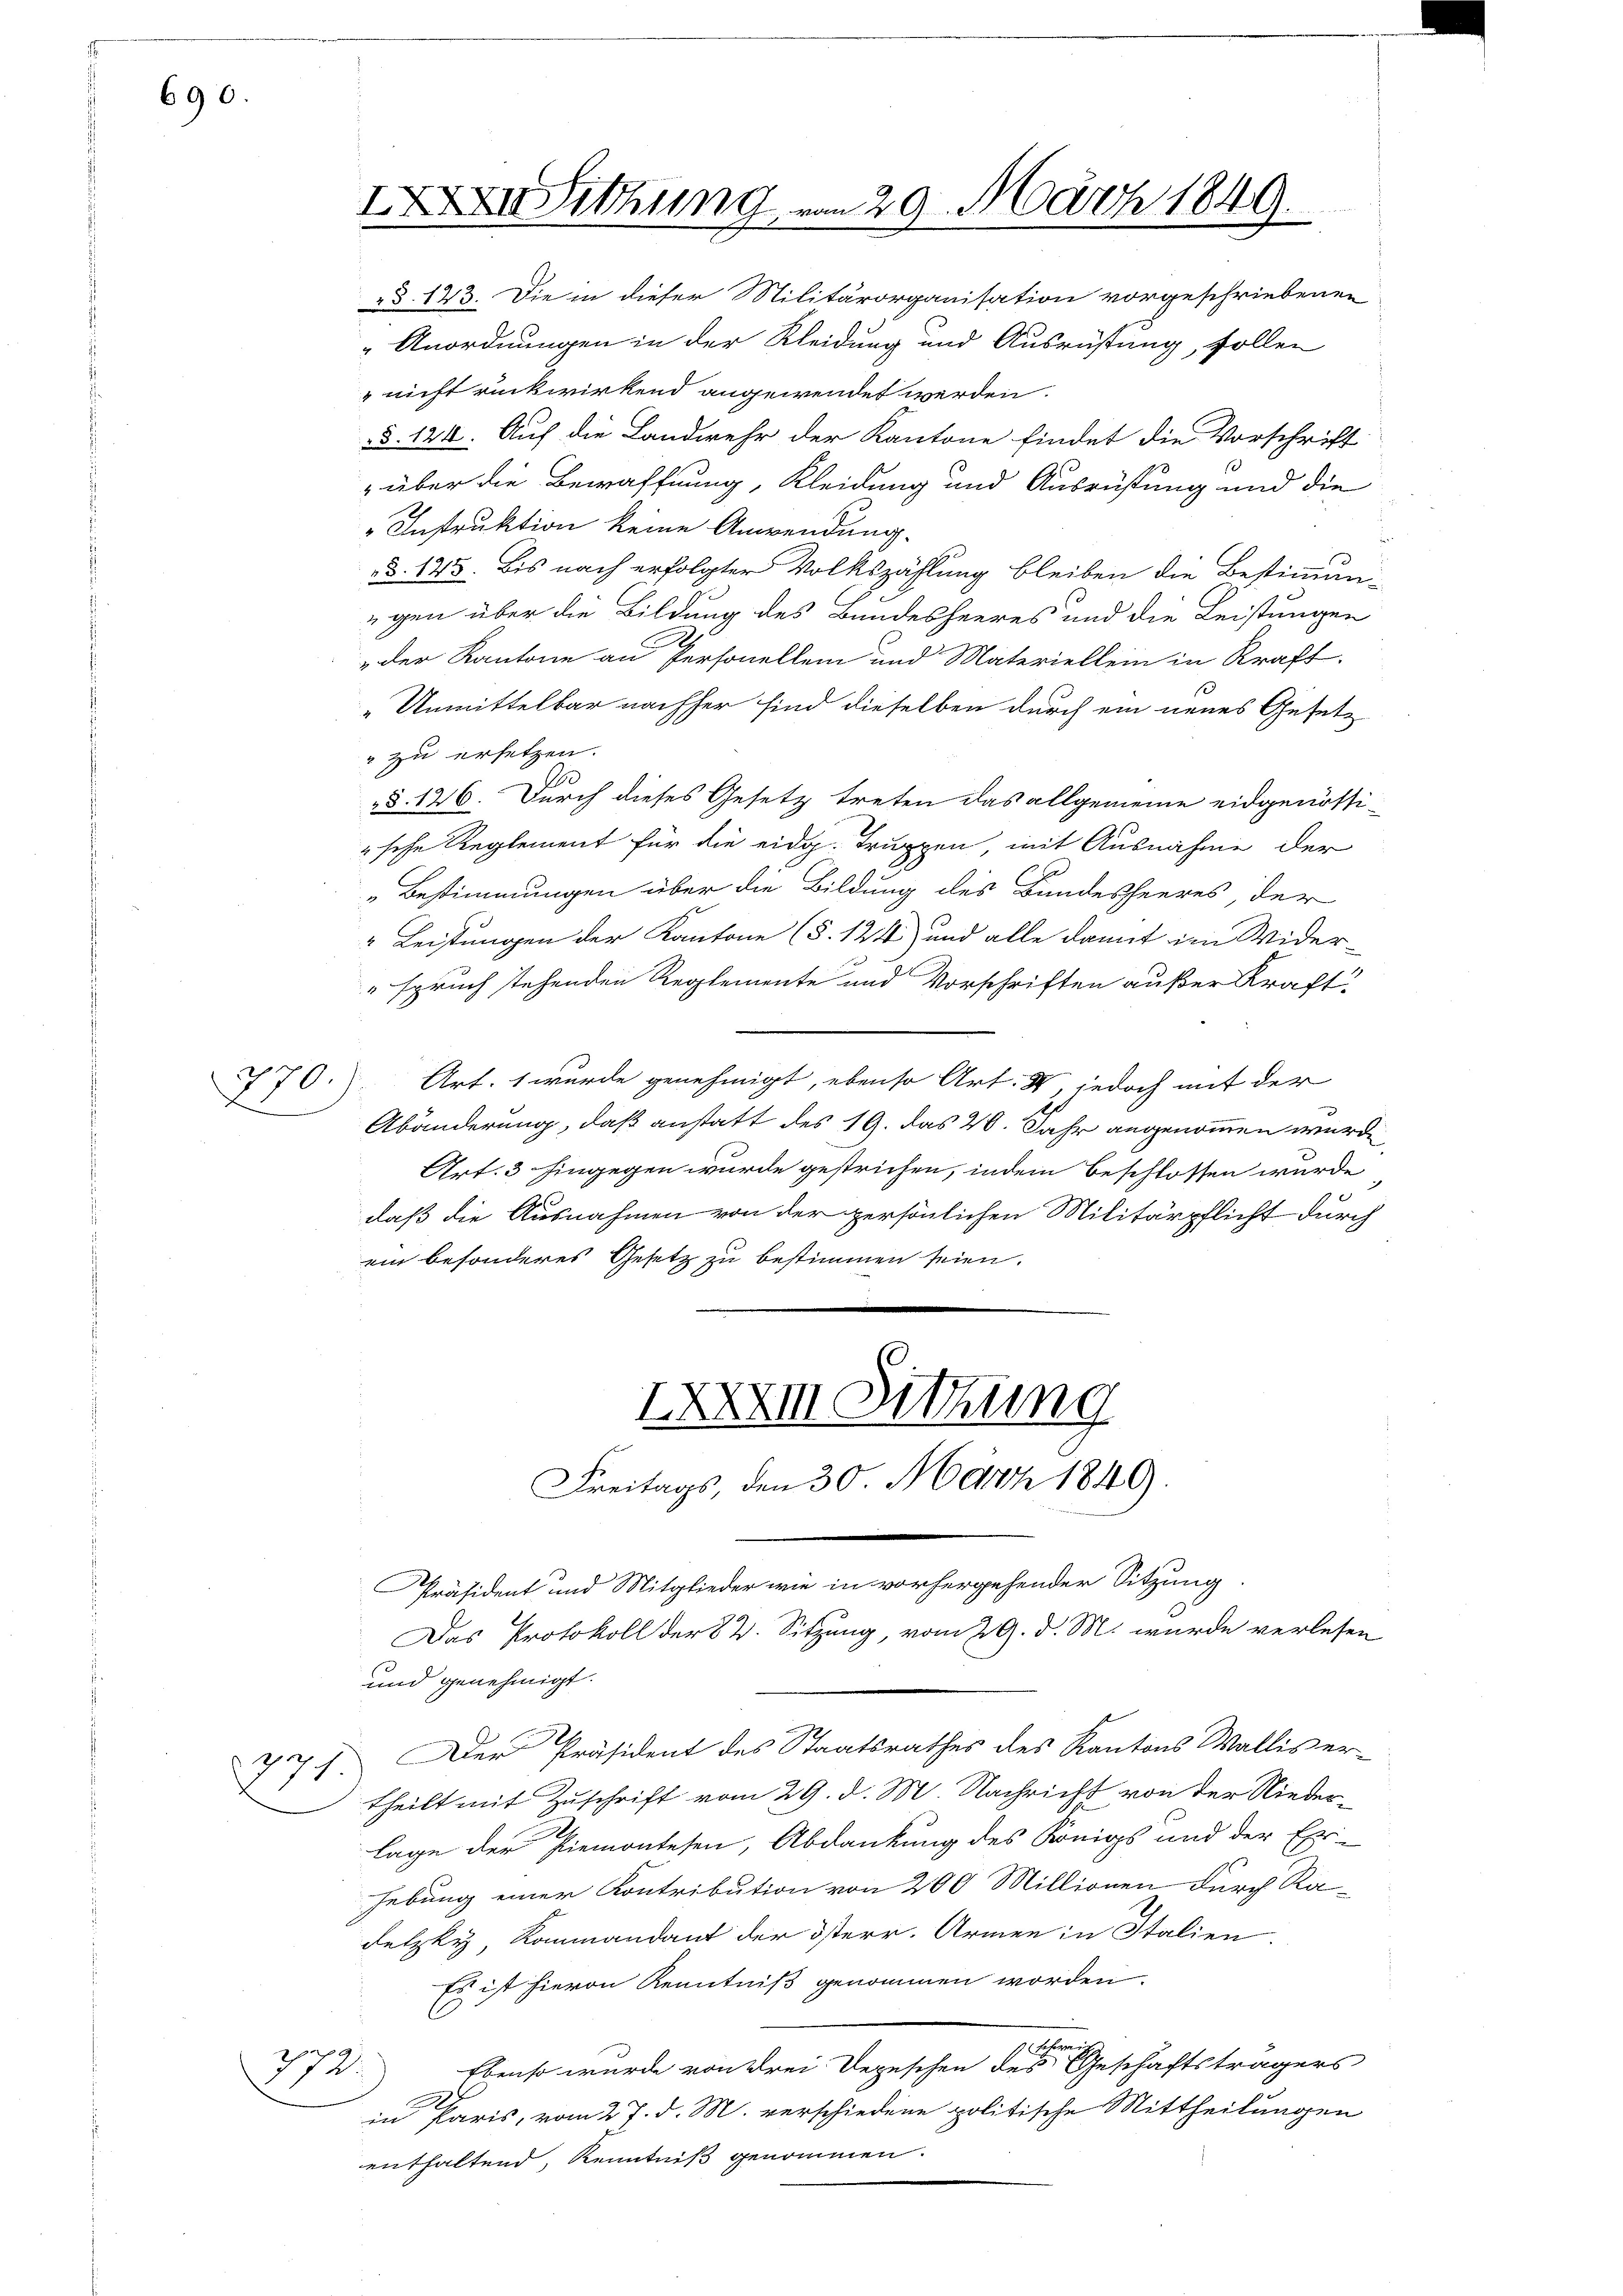
690.

71

§. 123. Die in dieser Militärorganisation vorgeschriebenen
" Anordnungen in der Kleidung und Ausrüstung, sollen
 nicht rückwirkend angewendet werden.
§. 124. Auf die Landwehr der Kantone findet die Vorschrift
e
 über die Bewaffnung, Kleidung und Ausrüstung und die
Instruktion keine Anwendung.
§. 143. Bis nach erfolgter Volkszählung bleiben die Bestimmun-
egen über die Bildung des Bundesheeres und die Leistungen
„der Kantone an Personellem und Materiellein in Kraft.
„Unmittelbar nachher sind dieselben durch ein neues Gesetz
" zu ersetzen.
§. 126. Durch dieses Gesetz treten das allgemeine eidgenöthische Reglement für die eidg. Truppen, mit Ausnahme der
„Bestimmungen über die Bildung des Bundesheeres, der
" Leistungen der Kantone (§. 124) und alle damit im Wider-
" spruch stehenden Reglemente und Vorschriften außer Kraft,
770. Art. 1 wurde genehmigt, ebenso Art. 44 jedoch mit der
Abänderung, daß anstatt des 19. das 20. Jahr angenommen wurde
Art. 3 hingegen wurde gestrichen, indem beschlossen wurde
daß die Ausnahmen von der persönlichen Militärpflicht durch
ein besonderes Gesetz zu bestimmen seien.

Iithung vom 29. März 1849.

IXXXI Sitzung
Freitags, den 30. März 1849.
Präsident und Mitglieder wie in vorhergehender Sitzung
Das Protokoll der 82. Sitzung, vom 29. d. M. wurde verlesen

und genehmigt.
Der Präsident des Staatsrathes des Kantons Wallis ertheilt mit Zuschrift vom 29. d. M. Nachricht von der Niederlage der Piemontesen, Abdankung des Königs und der Ehr-
hebung einer Kontribution von 200 Millionen durch Radetzky, Kommandant der österr. Armen in Italien
Es ist hievon Kenntniß genommen worden.
schrei
Ebenso wurde von drei Depeschen des Geschäftsträgers
772.
.
in Paris, vom 27. d. M. verschiedene politische Mittheilungen
enthaltend, Kenntniß genommen.